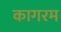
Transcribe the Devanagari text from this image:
कागरम